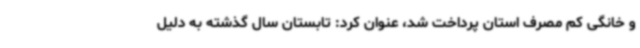
و خانگی کم مصرف استان پرداخت شد، عنوان کرد: تابستان سال گذشته به دلیل